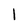
Character: 1